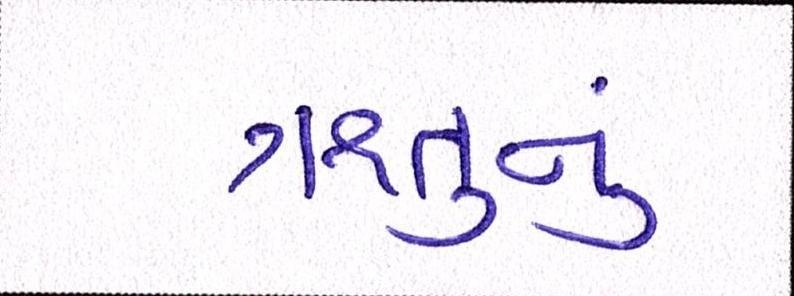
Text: ઋતુનું